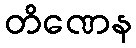
တိဏေန